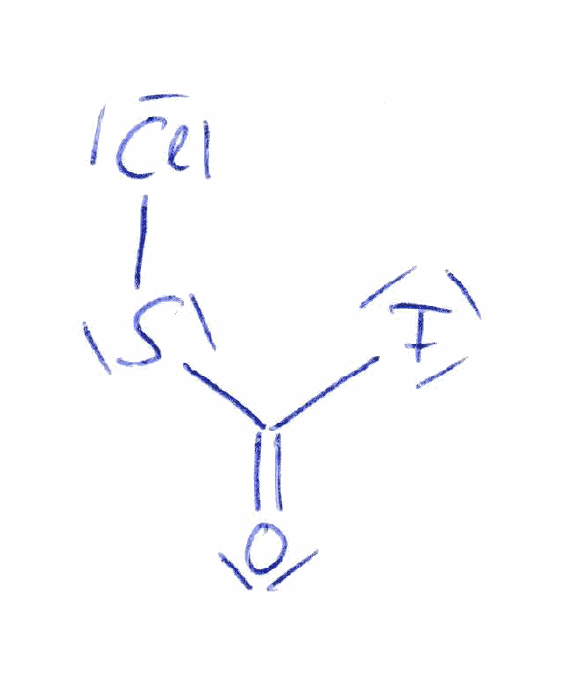
Simplified molecular-input line-entry system (SMILES) notation of the given molecule:
C(=O)(F)SCl